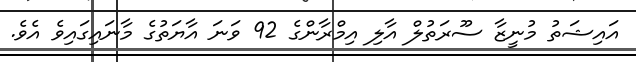
އައިޝަތު މުނީޒާ ސޫރަތުލް އާލި އިމްރާންގެ 92 ވަނަ އާޔަތުގެ މާނައިގައިވެ އެވެ.